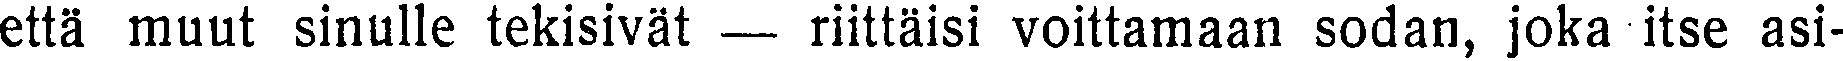
että muut sinulle tekisivät — riittäisi voittamaan sodan, joka itse asi-